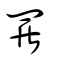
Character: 𪜀